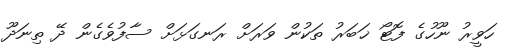
ހަވީރު ނޫހުގެ ފޮޓޯ ޚަބަރު ތަކުން ވަރަށް ރަނގަޅަށް ސާފުވެގެން ދޭ ތިނަދޫ